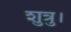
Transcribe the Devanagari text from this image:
शुत्रु।